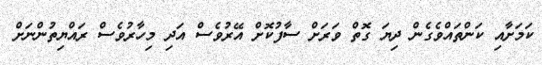
ކަމަށާއި ކަންތައްވެގެން ދިޔަ ގޮތް ވަރަށް ސާފުކޮށް އޭރުވެސް އަދި މިހާރުވެސް ރައްޔިތުންނަށް